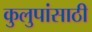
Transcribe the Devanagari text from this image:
कुलुपांसाठी